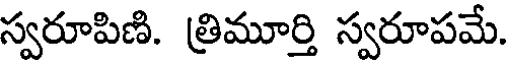
స్వరూపిణి. త్రిమూర్తి స్వరూపమే.